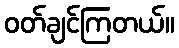
ဝတ်ချင်ကြတယ်။